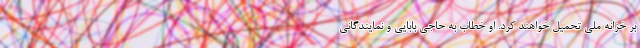
بر خزانه ملی تحمیل خواهند کرد. او خطاب به حاجی بابایی و نمایندگانی